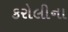
કરોલીના